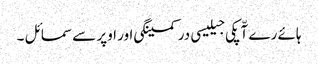
ہائے رے آّپکی جیلیسی در کمینگی اور اوپر سے سمائل ۔